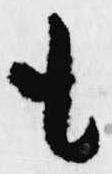
も